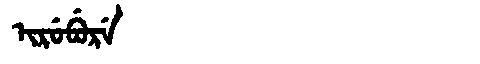
Manchu: ᡳᡵᡠᠪᡠᡵᡝ
Romanization: IRUBURE